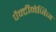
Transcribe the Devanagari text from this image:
पैक्टीनेजिज